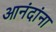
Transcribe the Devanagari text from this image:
आनंदांना